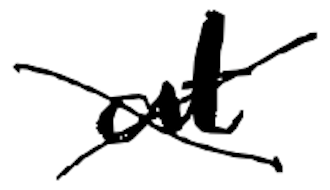
Text: at
Cross-out: cross
Writing tool: digital_black